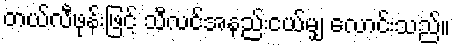
တယ်လီဖုန်းဖြင့် သီလင်အနည်းငယ်မျှ လောင်းသည်။